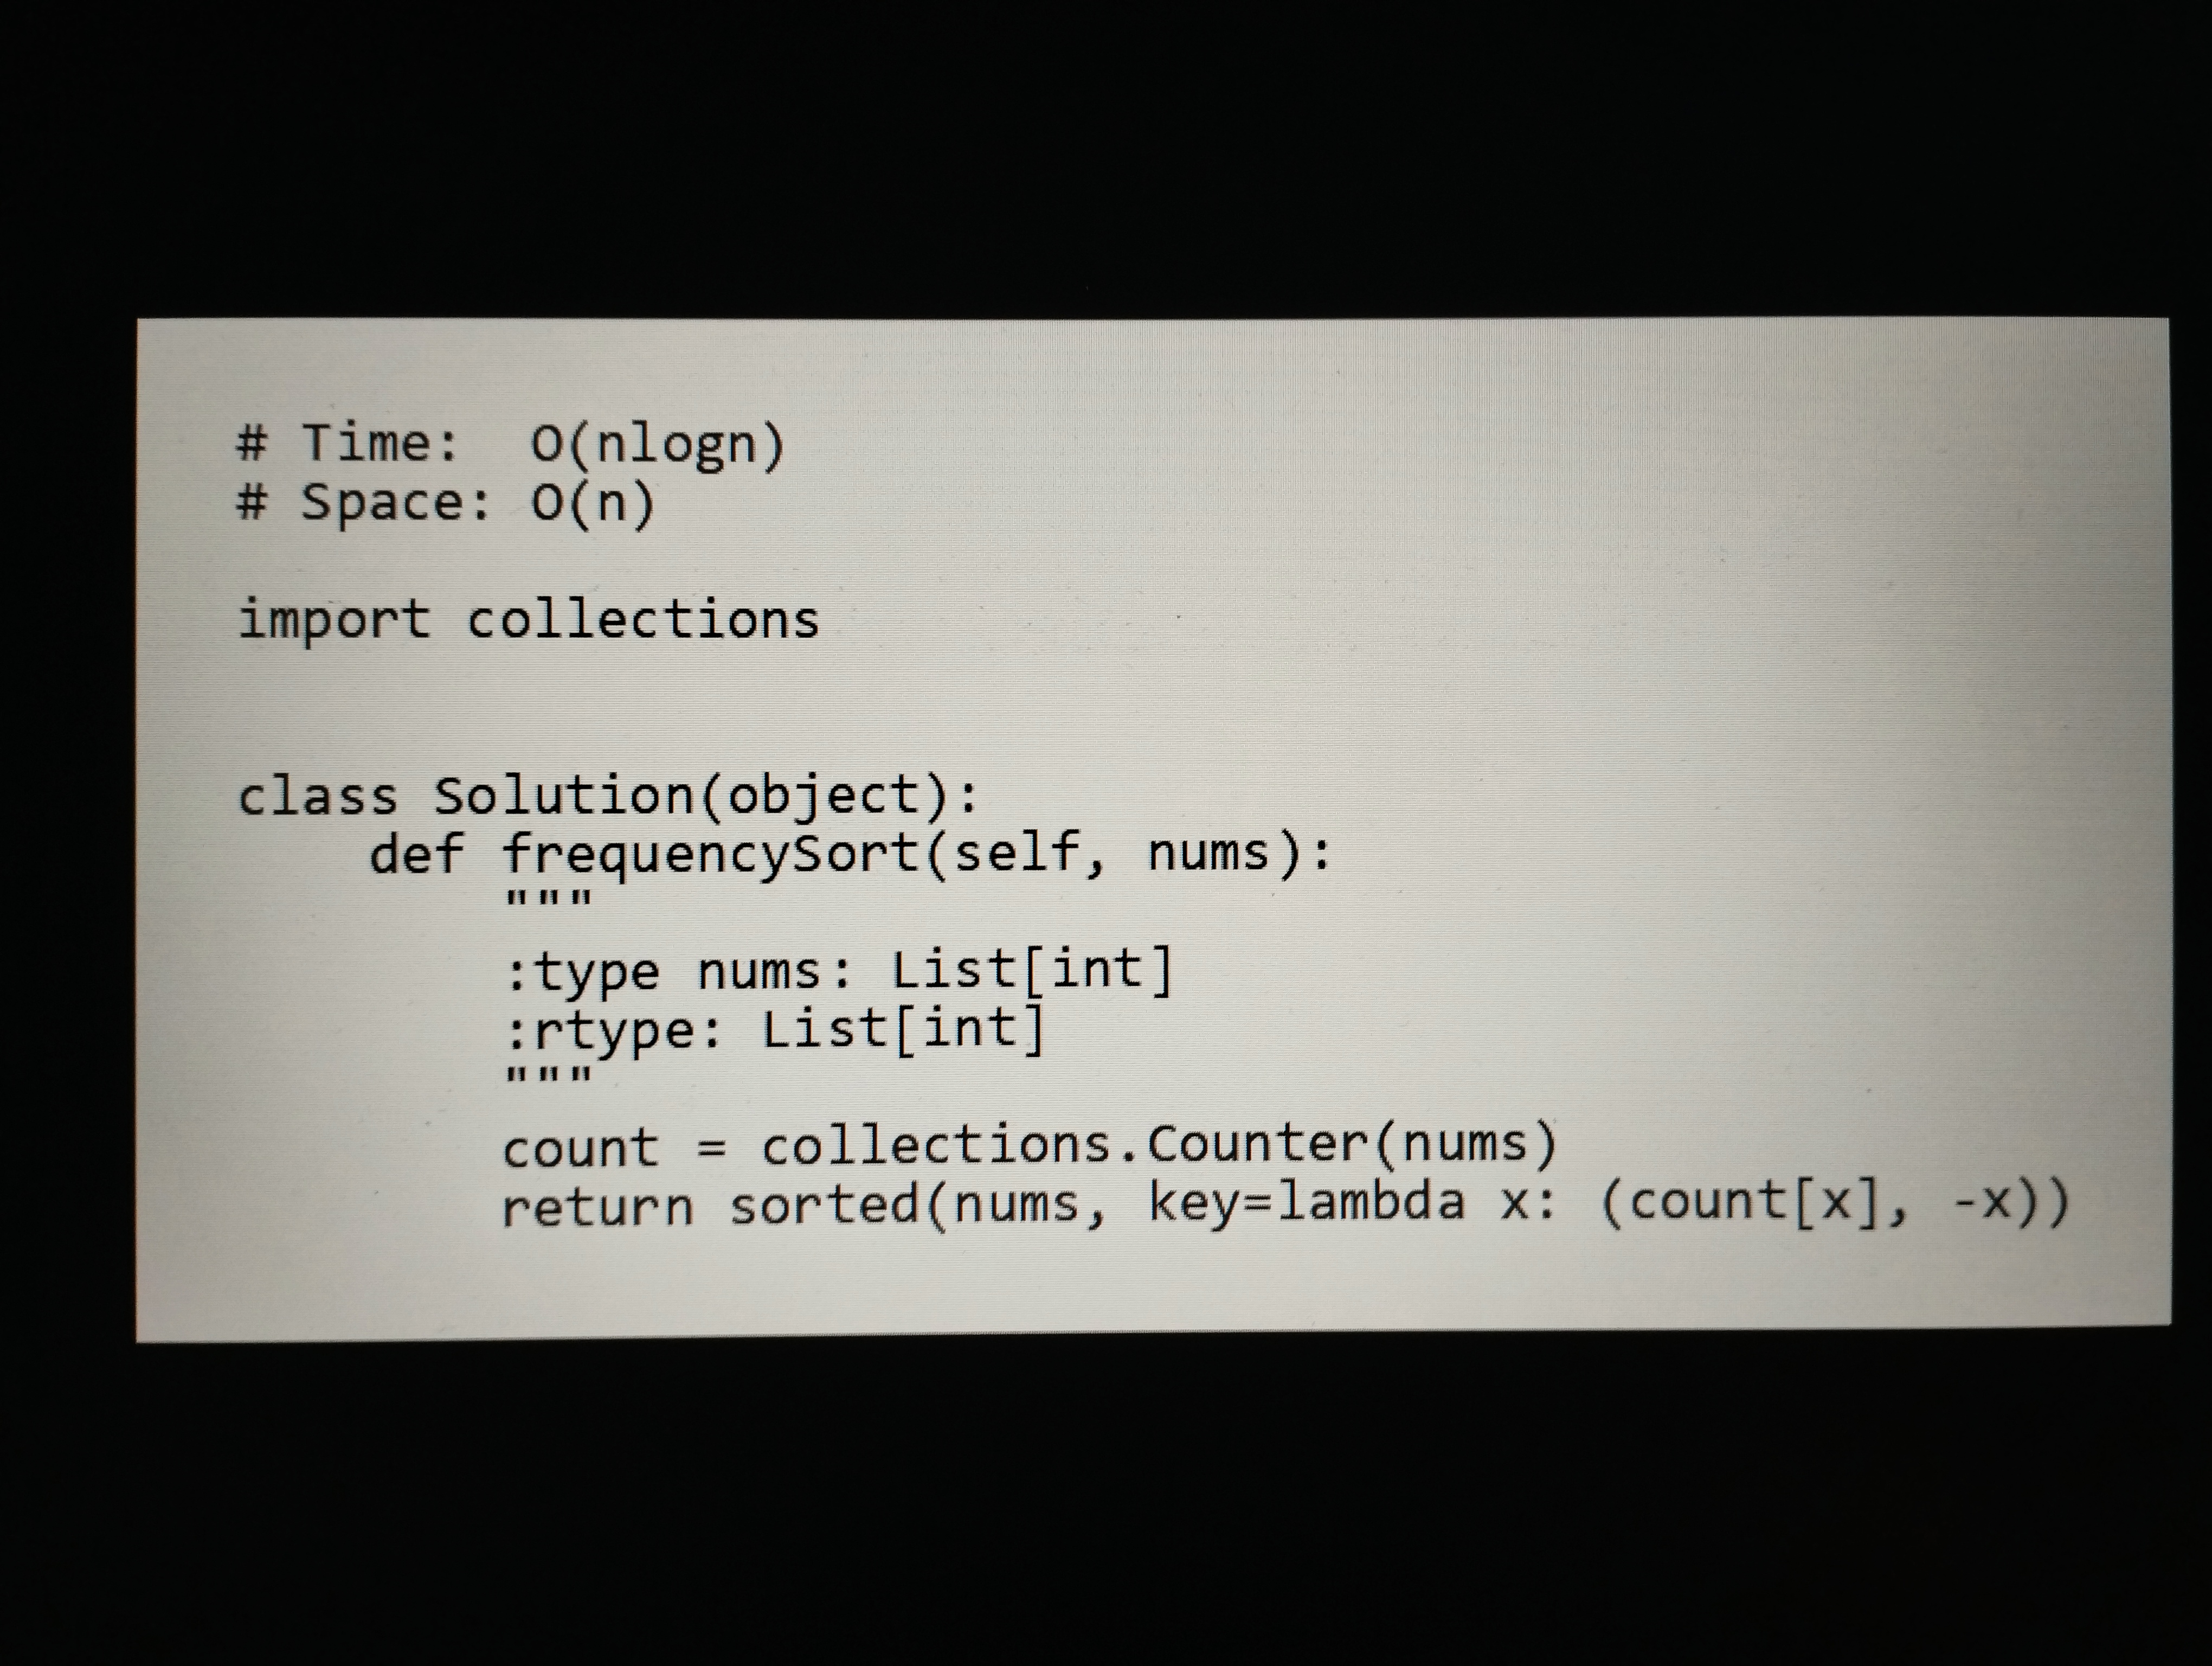
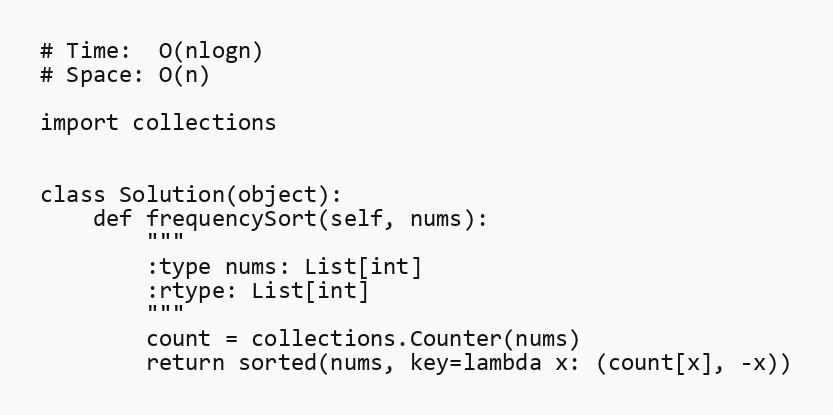
# Time:  O(nlogn)
# Space: O(n)

import collections

class Solution(object):
    def frequencySort(self, nums):
        """
        :type nums: List[int]
        :rtype: List[int]
        """
        count = collections.Counter(nums)
        return sorted(nums, key=lambda x: (count[x], -x))